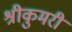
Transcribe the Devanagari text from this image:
श्रीकुमरी